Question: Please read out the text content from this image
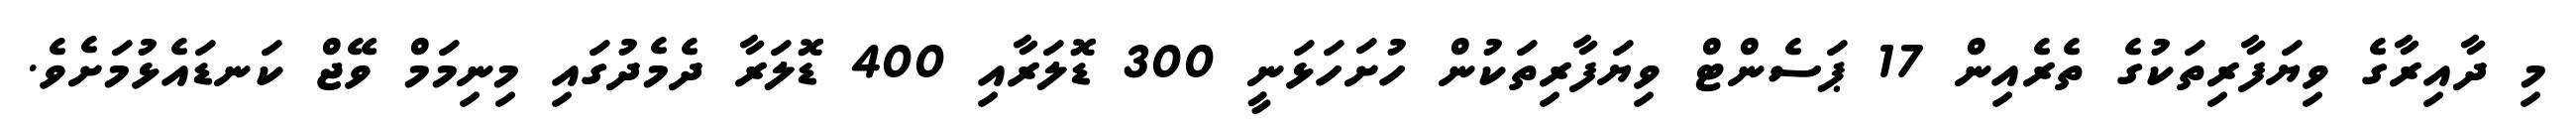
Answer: މި ދާއިރާގެ ވިޔަފާރިތަކުގެ ތެރެއިން 17 ޕަސެންޓް ވިޔަފާރިތަކުން ހުށަހަޅަނީ 300 ޑޮލަރާއި 400 ޑޮލަރާ ދެމެދުގައި މިނިމަމް ވޭޖް ކަނޑައެޅުމަށެވެ.